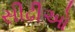
સીઢીઓ